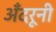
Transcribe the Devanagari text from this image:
अँदरूनी